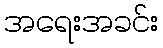
အရေးအခင်း